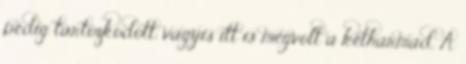
pedig tartózkodott, vagyis itt is megvolt a kétharmad. A